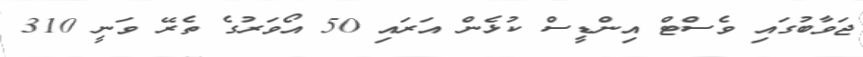
ޖަވާބުގައި ވެސްޓް އިންޑީސް ކުޅެން އަރައި 50 އޯވަރުގެ ތެރޭ ވަނީ 310